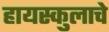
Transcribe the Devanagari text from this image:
हायस्कुलाचे